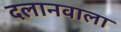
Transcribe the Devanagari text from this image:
दलानवाला